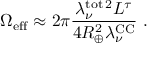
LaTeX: \Omega _ { \mathrm { e f f } } \approx 2 \pi \frac { \lambda _ { \nu } ^ { \mathrm { t o t } \, 2 } L ^ { \tau } } { 4 R _ { \oplus } ^ { 2 } \lambda _ { \nu } ^ { \mathrm { C C } } } \ .